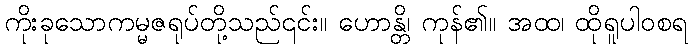
ကိုးခုသောကမ္မဇရုပ်တို့သည်၎င်း။ ဟောန္တိ၊ ကုန်၏။ အထ၊ ထိုရူပါဝစရ